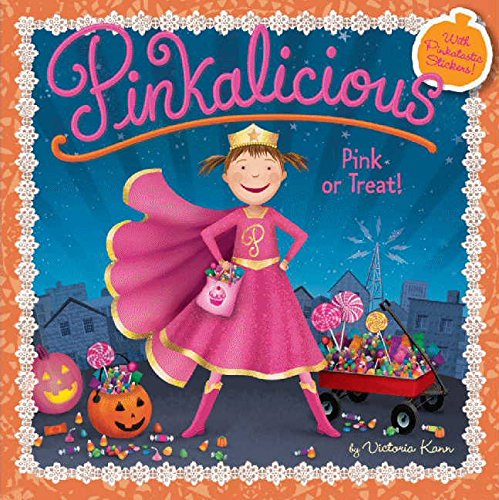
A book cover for Pinkalicious: Pink or Treat!; Victoria Kann; Children's Books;